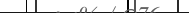
١٥٨